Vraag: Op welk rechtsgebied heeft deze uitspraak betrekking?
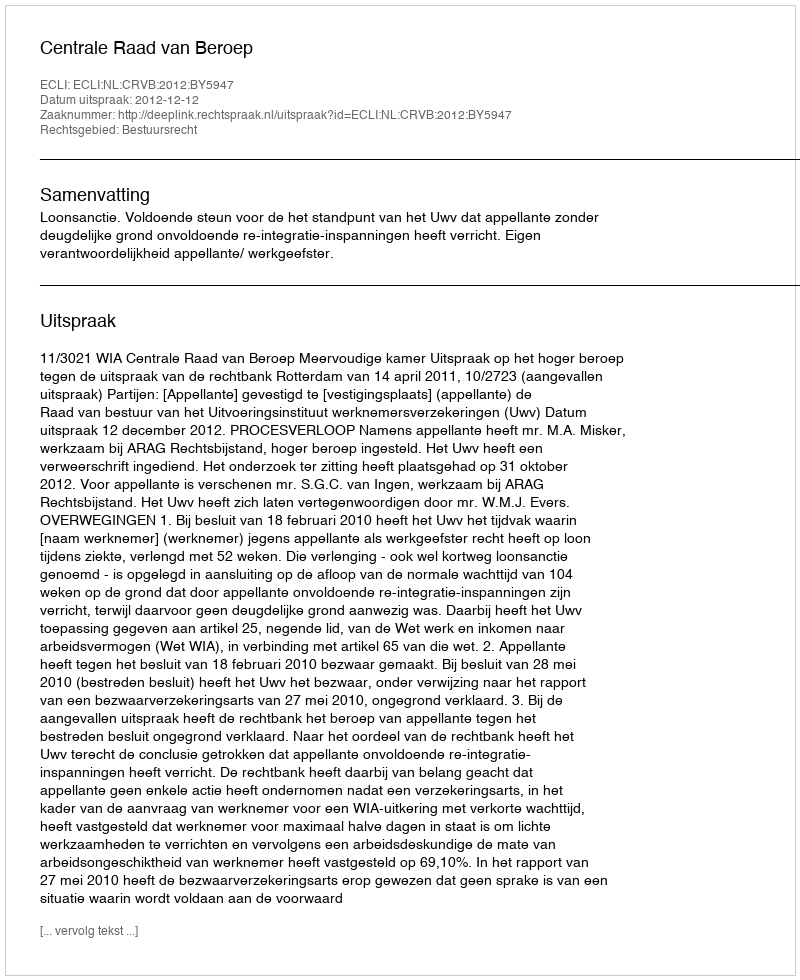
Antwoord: Bestuursrecht